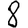
Digit: 8